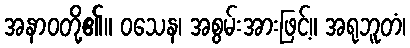
အနာဝတို့၏။ ဝသေန၊ အစွမ်းအားဖြင့်။ အရုဘူတံ၊